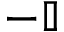
- \mathbb { I }